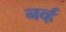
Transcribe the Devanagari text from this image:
नर्व्ह